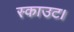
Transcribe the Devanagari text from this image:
स्काउट।